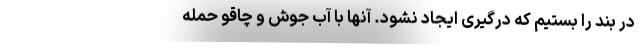
درِ بند را بستیم که درگیری ایجاد نشود. آنها با آب جوش و چاقو حمله